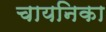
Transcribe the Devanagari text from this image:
चायनिका